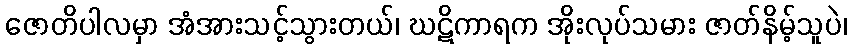
ဇောတိပါလမှာ အံအားသင့်သွားတယ်၊ ဃဋိကာရက အိုးလုပ်သမား ဇာတ်နိမ့်သူပဲ၊